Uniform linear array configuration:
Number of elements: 32
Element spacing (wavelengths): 0.75
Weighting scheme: hamming
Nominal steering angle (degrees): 45
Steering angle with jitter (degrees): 43.306
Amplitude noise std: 0.05
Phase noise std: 0.05

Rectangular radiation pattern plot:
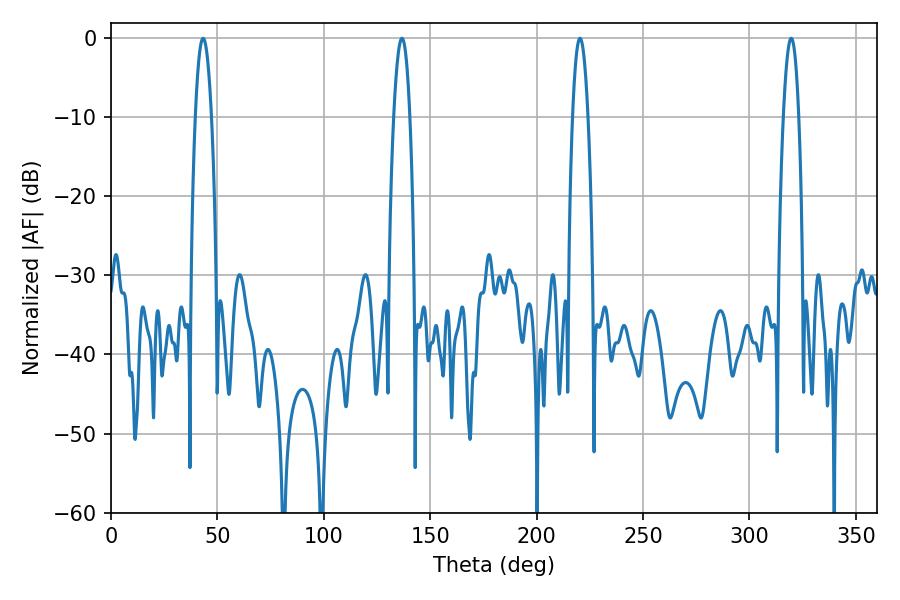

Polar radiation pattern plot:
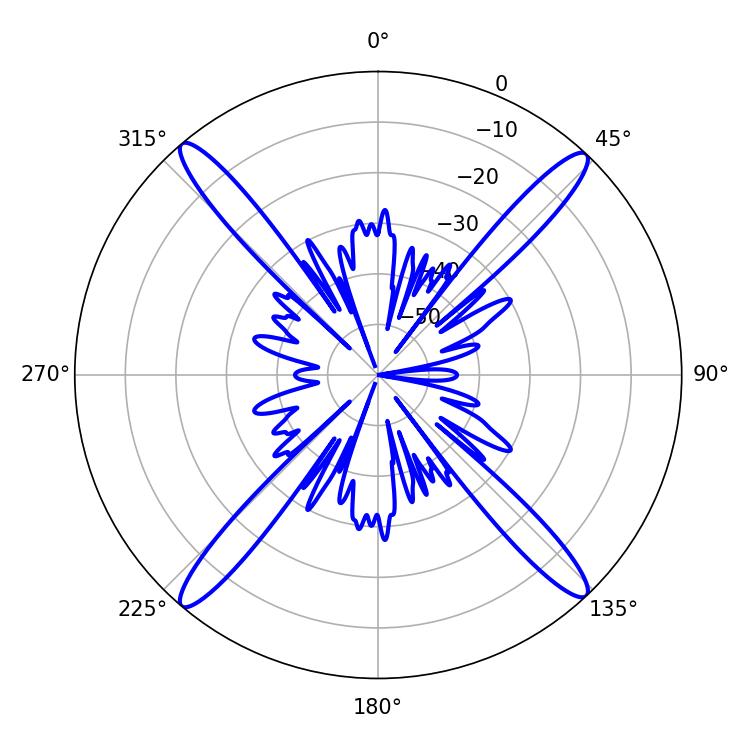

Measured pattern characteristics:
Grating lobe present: TRUE
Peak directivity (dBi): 22.783
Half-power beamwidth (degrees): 3.96
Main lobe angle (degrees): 220.32